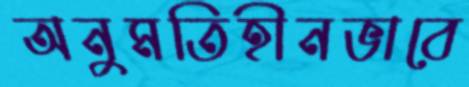
অনুমতিহীনভাবে